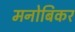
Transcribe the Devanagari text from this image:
मनोबिकर